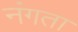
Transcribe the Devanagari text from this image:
नंगता